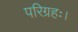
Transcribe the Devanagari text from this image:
परिग्रहः।